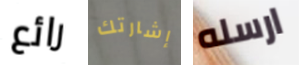
رائع إشارتك ارسله